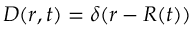
D ( r , t ) = \delta ( r - R ( t ) )